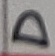
Text: D